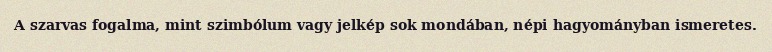
A szarvas fogalma, mint szimbólum vagy jelkép sok mondában, népi hagyományban ismeretes.